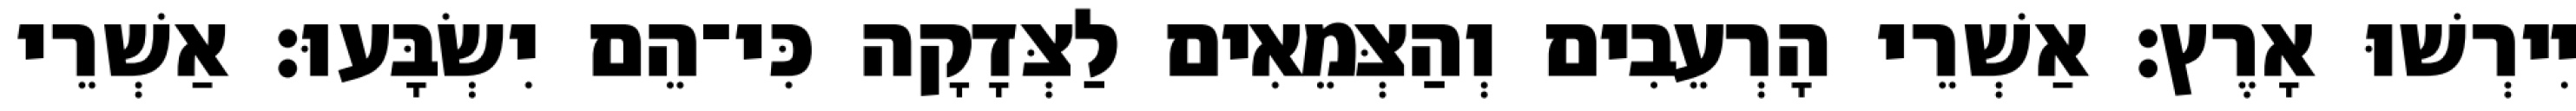
יִירְשׁוּ אָרֶץ׃ אַשְׁרֵי הָרְעֵבִים וְהַצְּמֵאִים לַצְּדָקָה כִּי־הֵם יִשְׂבָּעוּ׃ אַשְׁרֵי